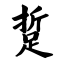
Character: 踅